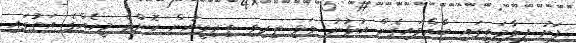
ފަށު ފިލާމަތީގައި ބާއްވައިގެން އުޅުނު ވަޅި ތިރިވި ތިރިވީނުން ކޮންމެ މީހެއްގެ އަތުގައި